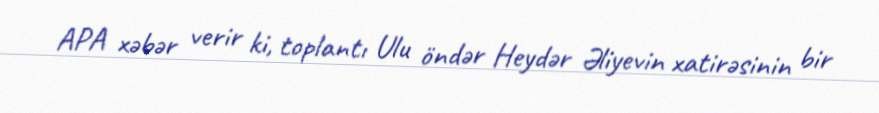
APA xəbər verir ki, toplantı Ulu öndər Heydər Əliyevin xatirəsinin bir